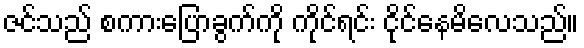
ဇင်သည် စကားပြောခွက်ကို ကိုင်ရင်း ငိုင်နေမိလေသည်။